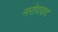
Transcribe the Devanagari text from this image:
नरोदवाद